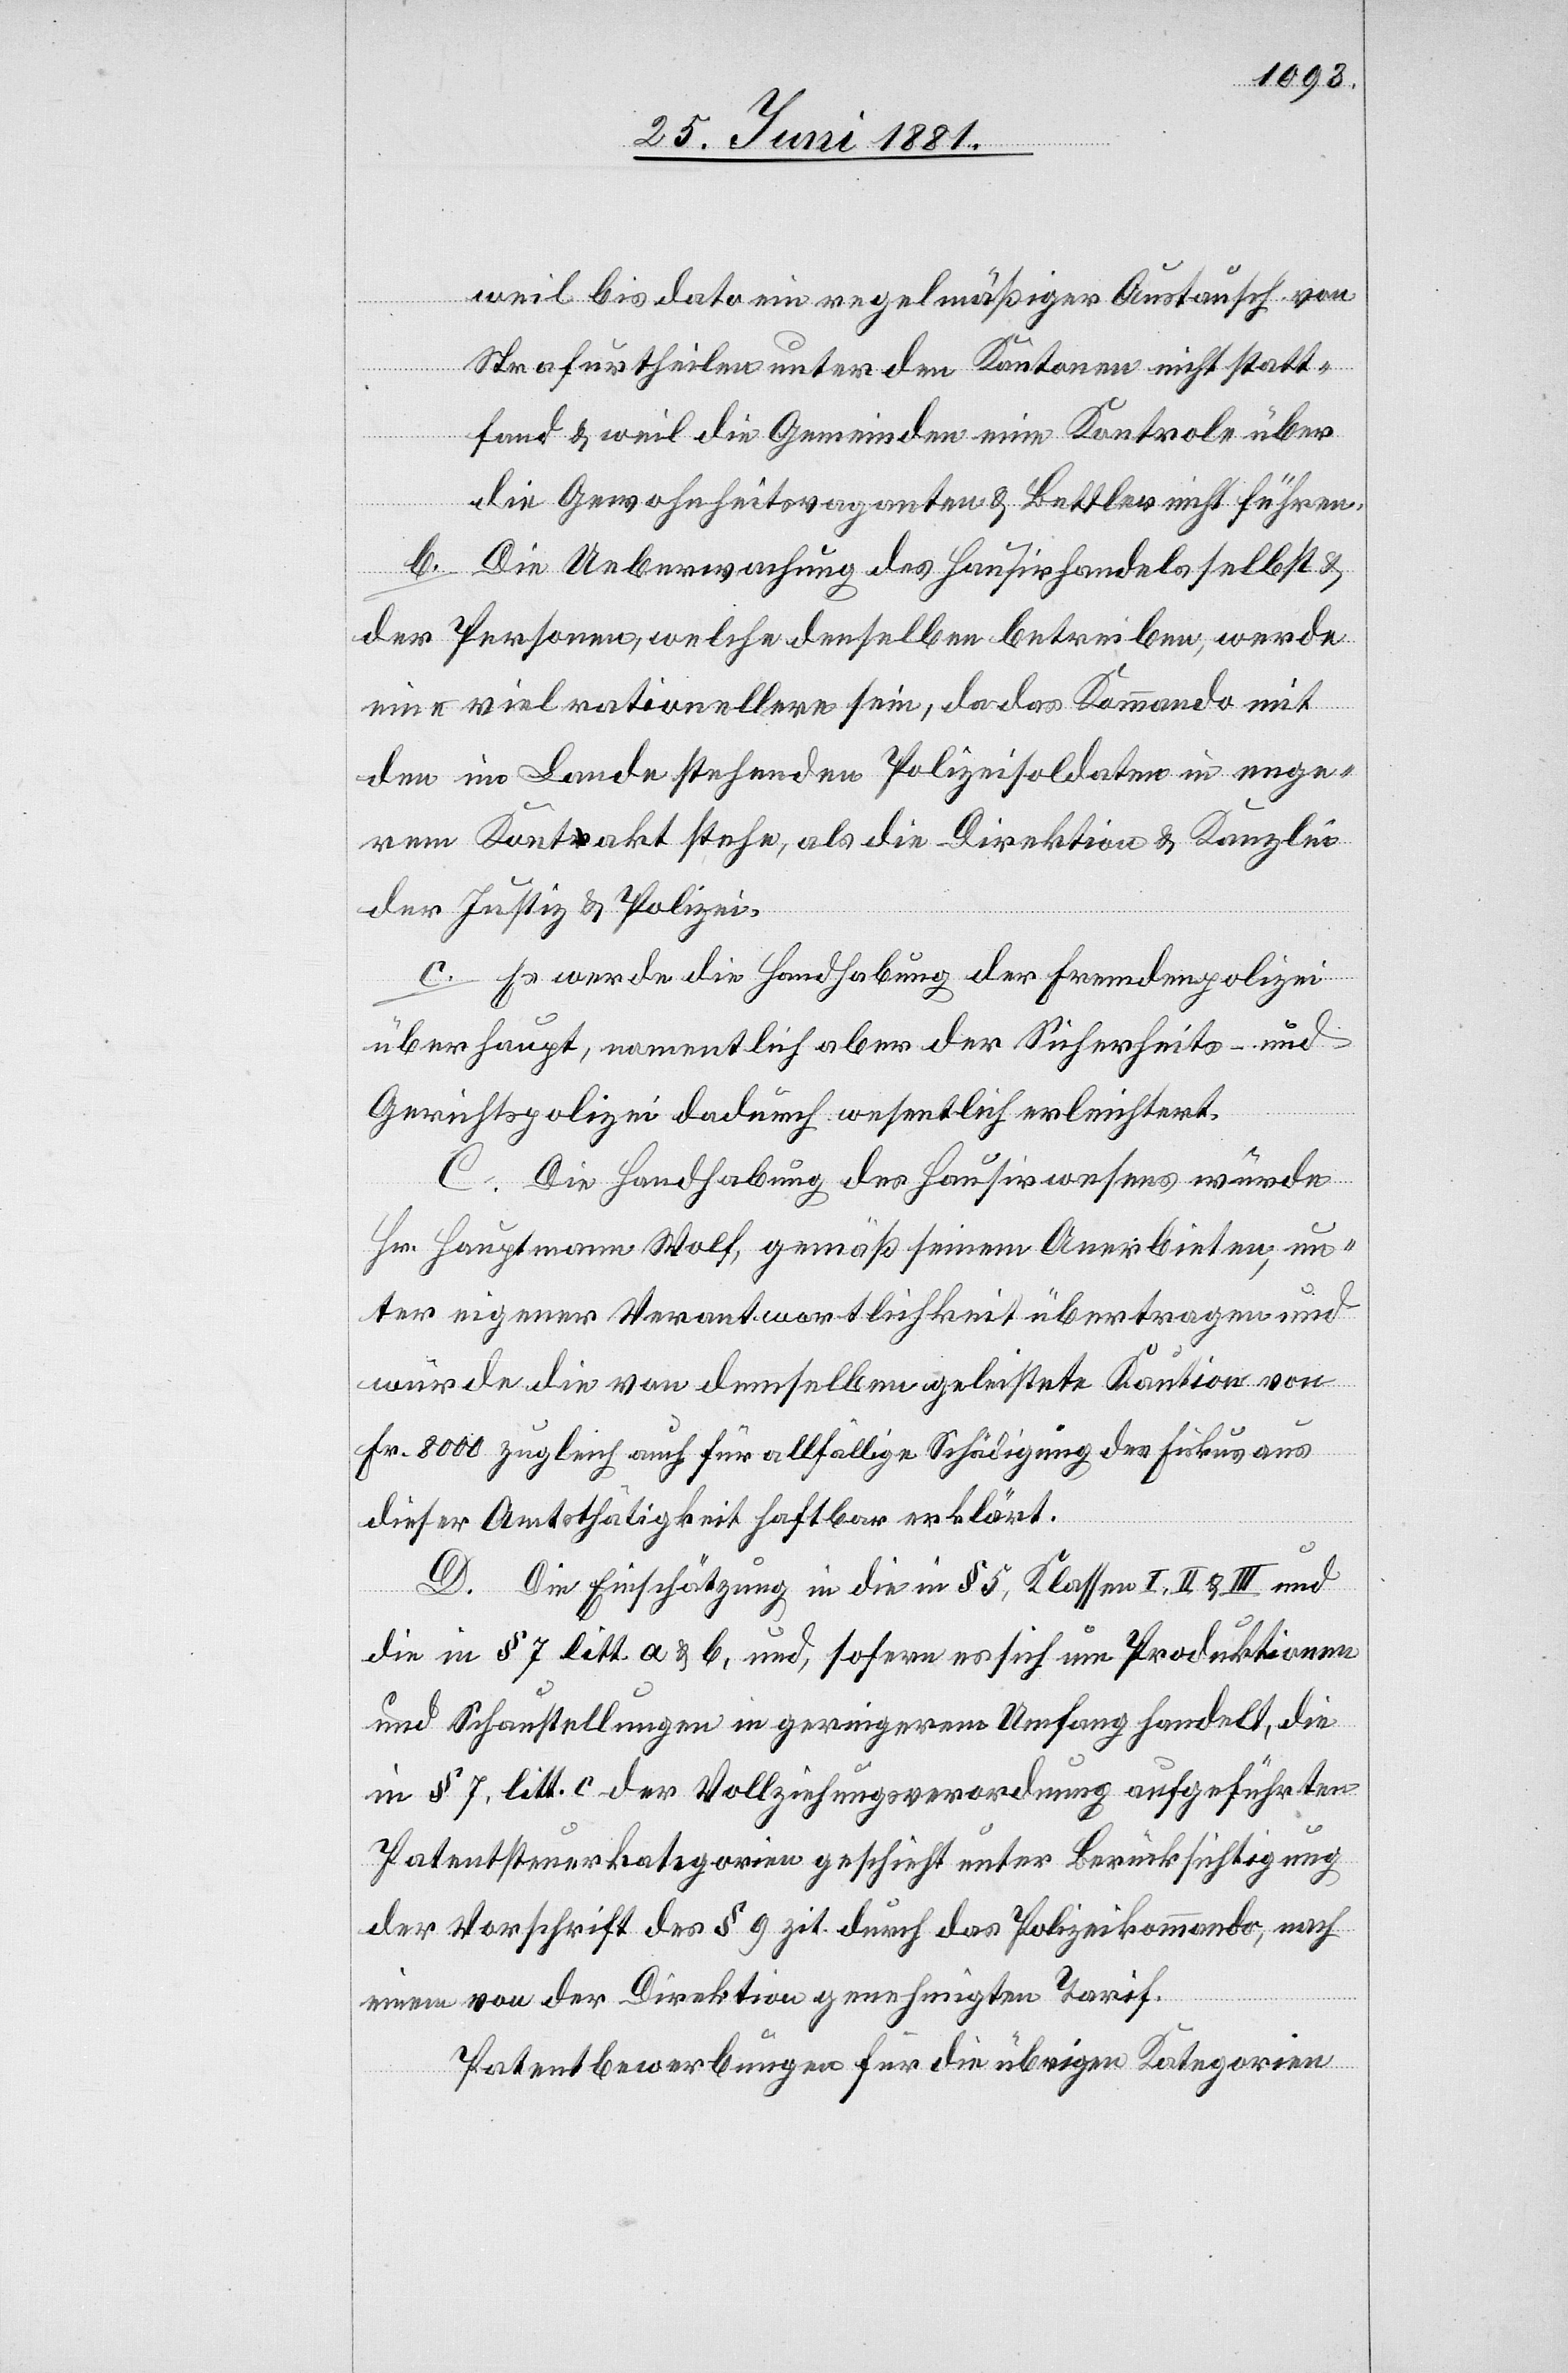
weil bis dato ein regelmäßiger Austausch von
Strafurtheilen unter den Kantonen nicht statt¬
fand & weil die Gemeinden eine Kontrole über
die Gewohnheitsvaganten & Bettler nicht führen.
b. Die Ueberwachung des Hausirhandels selbst &
der Personen, welche denselben betreiben, werde
eine viel rationellere sein, da das Kommando mit
den im Lande stehenden Polizeisoldaten in enge¬
rem Kontakt stehe, als die Direktion & Kanzlei
der Justiz & Polizei.
c. Es werde die Handhabung der Fremdenpolizei
überhaupt, namentlich aber der Sicherheits- und
Gerichtspolizei dadurch wesentlich erleichtert.
C. Die Handhabung des Hausirwesens würde
Hr. Hauptmann Wolf, gemäß seinem Anerbieten, un¬
ter eigener Verantwortlichkeit übertragen und
würde die von demselben geleistete Kaution von
Fr. 8000 zugleich auch für allfällige Schädigung des Fiskus aus
dieser Amtstätigkeit haftbar erklärt.
D. Die Einschätzung in die in § 5, Klasse I, II & III und
die in § 7 litt. a & b, und, sofern es sich um Produktionen
und Schaustellungen in geringerem Umfang handelt, die
in § 7, litt. c der Vollziehungsverordnung aufgeführten
Patentsteuerkategorien geschieht unter Berücksichtigung
der Vorschrift des § 9 zit. durch das Polizeikommando, nach
einem von der Direktion genehmigten Tarif.
Patentbewerbungen für die übrigen Kategorien